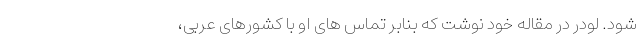
شود. لودر در مقاله خود نوشت که بنابر تماس های او با کشورهای عربی،